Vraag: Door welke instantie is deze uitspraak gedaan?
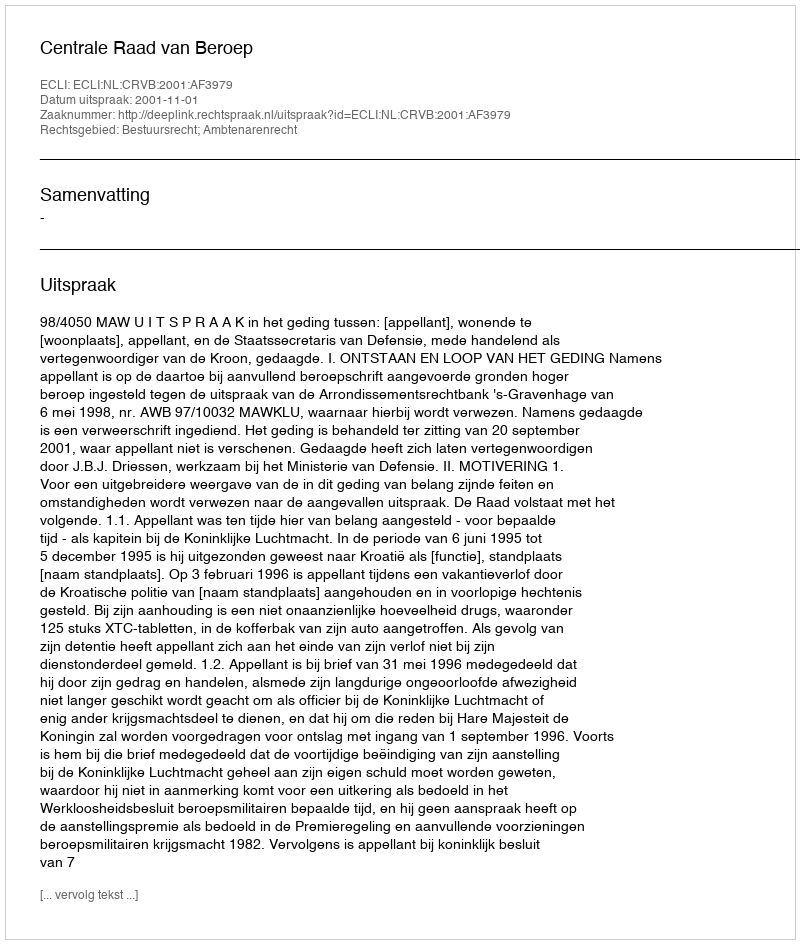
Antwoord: Centrale Raad van Beroep